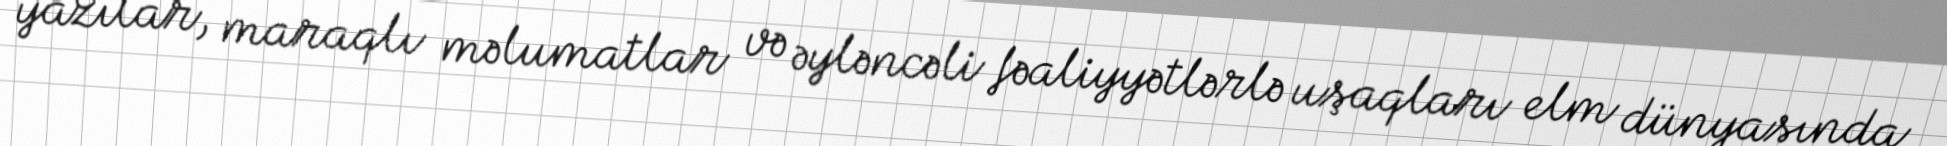
yazılar, maraqlı məlumatlar və əyləncəli fəaliyyətlərlə uşaqları elm dünyasında